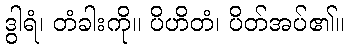
ဒွါရံ၊ တံခါးကို။ ပိဟိတံ၊ ပိတ်အပ်၏။